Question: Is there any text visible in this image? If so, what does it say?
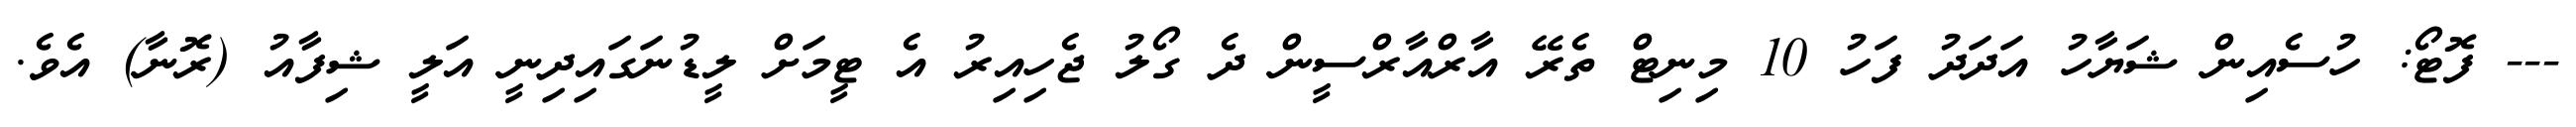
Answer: --- ފޮޓޯ: ހުސެއިން ޝަޔާހު އަދަދު ފަހު 10 މިނިޓް ތެރޭ އާރްއާރްސީން ދެ ގޯލު ޖެހިއިރު އެ ޓީމަށް ލީޑުނަގައިދިނީ އަލީ ޝިފާއު (ރޮނާ) އެވެ.